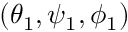
( \theta _ { 1 } , \psi _ { 1 } , \phi _ { 1 } )